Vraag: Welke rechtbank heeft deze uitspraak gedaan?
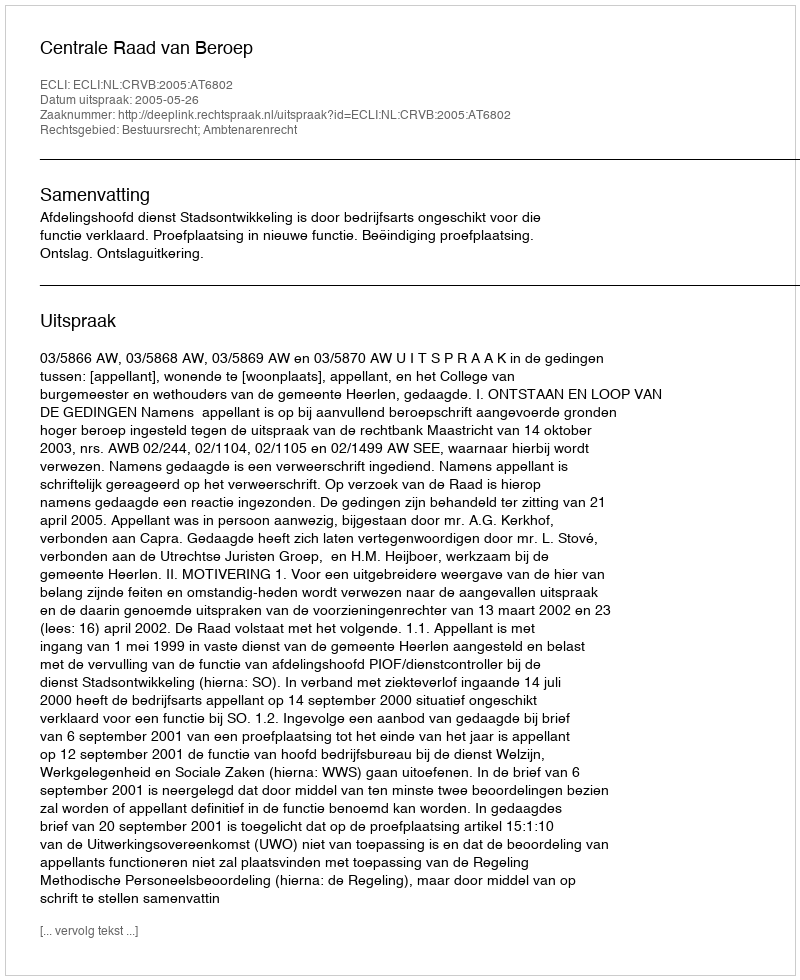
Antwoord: Centrale Raad van Beroep